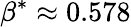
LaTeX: \beta^{*}\approx 0.578